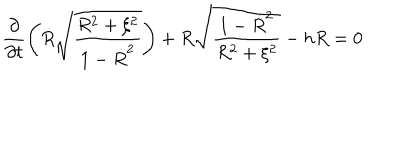
\frac { \partial } { \partial t } \left( \dot { R } \sqrt { \frac { R ^ { 2 } + \xi ^ { 2 } } { 1 - \dot { R } ^ { 2 } } } \right) + R \sqrt { \frac { 1 - \dot { R } ^ { 2 } } { R ^ { 2 } + \xi ^ { 2 } } } - h R = 0